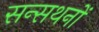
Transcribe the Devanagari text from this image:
सन्सथनों